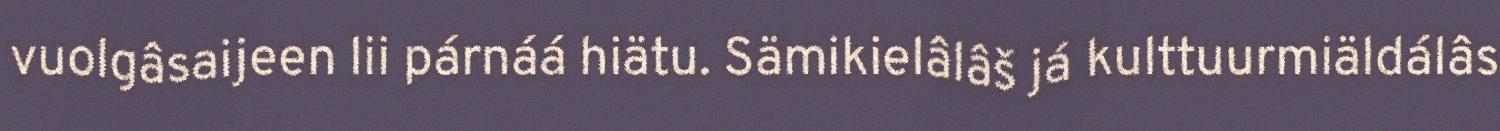
vuolgâsaijeen lii párnáá hiätu. Sämikielâlâš já kulttuurmiäldálâs